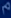
مَن